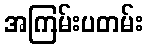
အကြမ်းပတမ်း